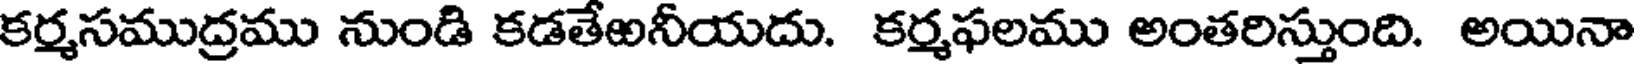
కర్మసముద్రము నుండి కడతేఱనీయదు. కర్మఫలము అంతరిస్తుంది. అయినా